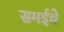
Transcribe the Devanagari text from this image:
समईचे